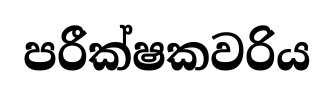
පරීක්ෂකවරිය